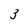
Character: 3